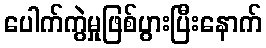
ပေါက်ကွဲမှုဖြစ်ပွားပြီးနောက်